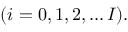
( i = 0 , 1 , 2 , \dots I ) .